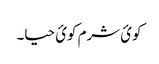
کوئ شرم کوئ حیا۔